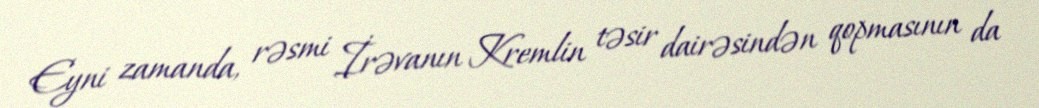
Eyni zamanda, rəsmi İrəvanın Kremlin təsir dairəsindən qopmasının da